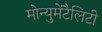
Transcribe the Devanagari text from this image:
मोन्युमेंटैलिटी